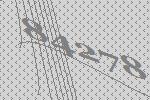
84278